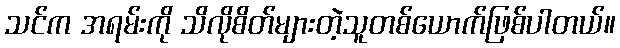
သင်က အရမ်းကို သိလိုစိတ်များတဲ့သူတစ်ယောက်ဖြစ်ပါတယ်။